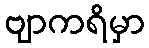
ဗျာကရိမှာ